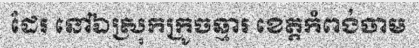
ដែរ នៅឯស្រុកក្រូចឆ្មារ ខេត្តកំពង់ចាម